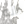
انه